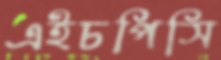
এইচপিসি